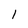
Character: 1